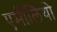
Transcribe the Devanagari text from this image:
एमीलियो